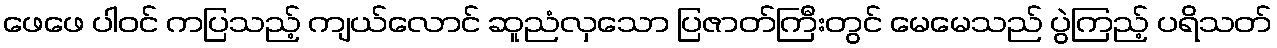
ဖေဖေ ပါဝင် ကပြသည့် ကျယ်လောင် ဆူညံလှသော ပြဇာတ်ကြီးတွင် မေမေသည် ပွဲကြည့် ပရိသတ်